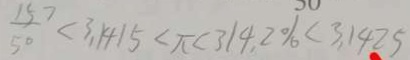
\frac { 1 5 } { 5 0 } < 3 . 1 4 1 5 < \pi < 3 1 4 . 2 \% < 3 . 1 4 2 5